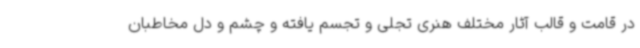
در قامت و قالب آثار مختلف هنری تجلی و تجسم یافته و چشم و دل مخاطبان